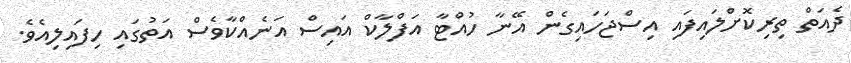
ދެއަތް ތިރިކޮށްލައިފައި އިސްޖަހައިގެން އޭނާ ހުއްޓާ އަފްލާކް އައިސް އަނެއްކާވެސް އަތުގައި ހިފައިލިއެވެ.